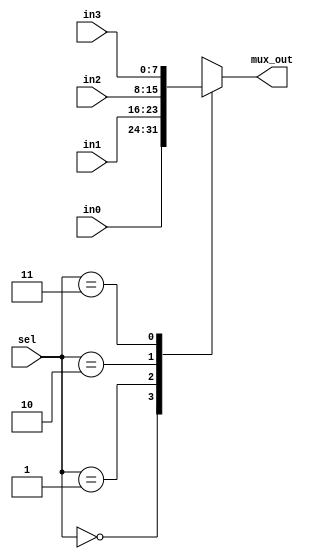
module mux4 #(parameter WIDTH=8) (
		input wire	[WIDTH - 1 : 0]		in0,		/* multiplexer input 0 */
		input wire	[WIDTH - 1 : 0]		in1,		/* multiplexer input 1 */
		input wire	[WIDTH - 1 : 0]		in2,		/* multiplexer input 2 */
		input wire	[WIDTH - 1 : 0]		in3,		/* multiplexer input 3 */
		input wire	[ 1: 0]				sel,		/* select lines */
		output reg	[WIDTH - 1 : 0]		mux_out		/* multiplexer output */
	);
	
	always @(*) begin
		case(sel)
			2'b00:		mux_out = in0;
			2'b01:		mux_out = in1;
			2'b10:		mux_out = in2;
			2'b11:		mux_out = in3;
		endcase
	end
endmodule